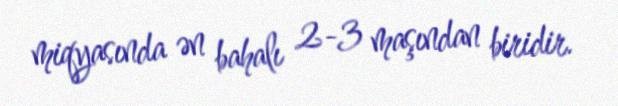
miqyasında ən bahalı 2-3 maşından biridir.